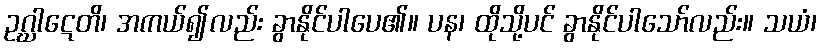
ဥဂ္ဃါဋေတိ၊ အကယ်၍လည်း ခွာနိုင်ပါပေ၏။ ပန၊ ထိုသို့ပင် ခွာနိုင်ပါသော်လည်း။ သယံ၊